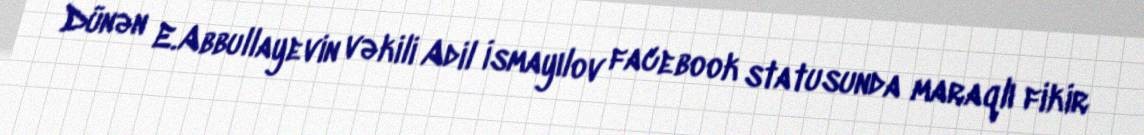
Dünən E.Abbullayevin vəkili Adil İsmayılov facebook statusunda maraqlı fikir